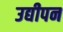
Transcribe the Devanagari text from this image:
उद्यीपन